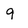
Character: 9